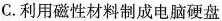
C.利用磁性材料制成电脑硬盘